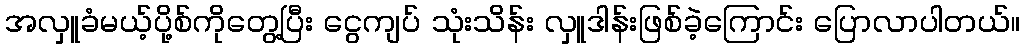
အလှူခံမယ့်ပို့စ်ကိုတွေ့ပြီး ငွေကျပ် သုံးသိန်း လှူဒါန်းဖြစ်ခဲ့ကြောင်း ပြောလာပါတယ်။